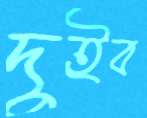
দুইব